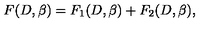
F ( D , \beta ) = F _ { 1 } ( D , \beta ) + F _ { 2 } ( D , \beta ) ,